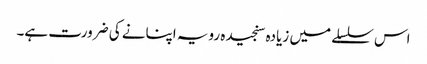
اس سلسلے میں زیادہ سنجیدہ رویہ اپنانے کی ضرورت ہے۔